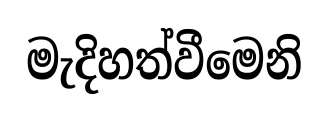
මැදිහත්වීමෙනි